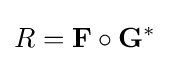
R=\mathbf {F} \circ \mathbf {G} ^{*}